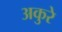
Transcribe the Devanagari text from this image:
अकुरे